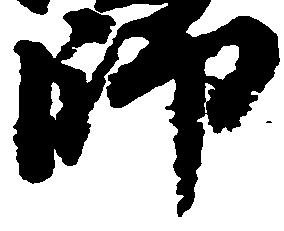
師